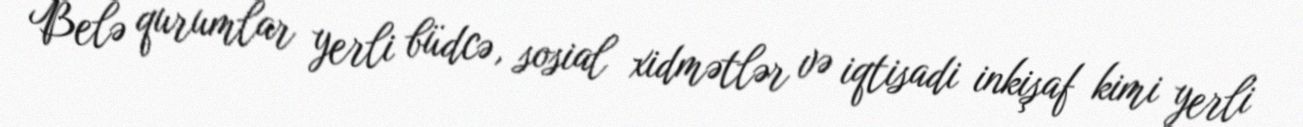
Belə qurumlar yerli büdcə, sosial xidmətlər və iqtisadi inkişaf kimi yerli